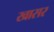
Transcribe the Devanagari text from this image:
खासर